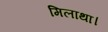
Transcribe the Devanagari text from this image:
मिलाथा।